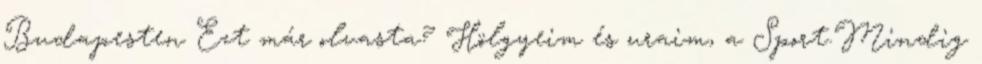
Budapesten Ezt már olvasta? Hölgyeim és uraim, a Sport.Mindig